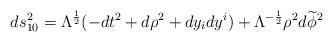
LaTeX: \begin{align*}ds_{10}^{2}=\Lambda ^{\frac{1}{2}}(-dt^{2}+d\rho ^{2}+dy_{i}dy^{i})+\Lambda ^{-\frac{1}{2}}\rho ^{2}d\widetilde{\phi }^{2}\end{align*}